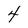
Character: 4